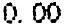
0.00